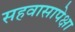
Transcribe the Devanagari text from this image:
सहवासापेक्षा